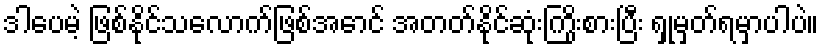
ဒါပေမဲ့ ဖြစ်နိုင်သလောက်ဖြစ်အောင် အတတ်နိုင်ဆုံးကြိုးစားပြီး ရှုမှတ်ရမှာပါပဲ။